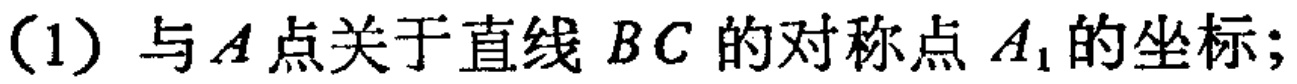
(1) 与\(A\)点关于直线 \(BC\) 的对称点 \(A_{1}\)的坐标;